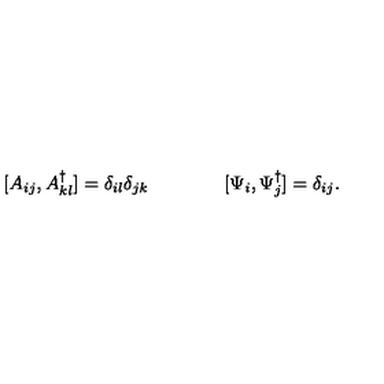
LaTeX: [ A _ { i j } , A _ { k l } ^ { \dagger } ] = \delta _ { i l } \delta _ { j k } \qquad \qquad [ \Psi _ { i } , \Psi _ { j } ^ { \dagger } ] = \delta _ { i j } .